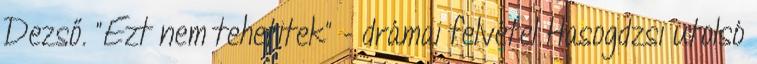
Dezső. "Ezt nem tehetitek" - drámai felvétel Hasogdzsi utolsó